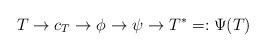
LaTeX: \begin{align*}T\rightarrow c_T\rightarrow \phi\rightarrow \psi\rightarrow T^*=:\Psi(T)\end{align*}